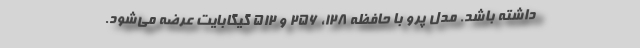
داشته باشد. مدل پرو با حافظه ۱۲۸، ۲۵۶ و ۵۱۲ گیگابایت عرضه می‌شود.